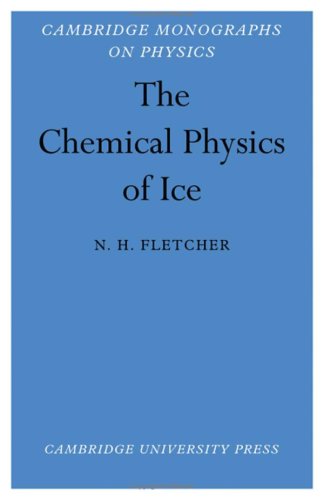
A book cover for The Chemical Physics of Ice (Cambridge Monographs on Physics); N. H. Fletcher; Science & Math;